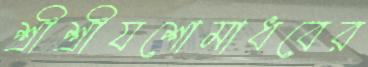
শ্রীশ্রীযশোমাধবের